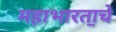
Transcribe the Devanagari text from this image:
महाभारता॒चे